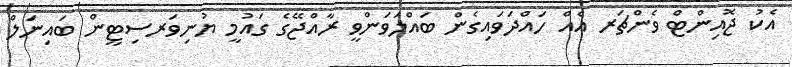
އެކު ޖޮއިންޓް ވެންޗަރ އެއް ހައްދަވައިގެން ބައްލަވަންވީ ރާއްޖޭގެ ގައުމީ ޔުނިވަރސިޓީން ބައިނަލް